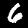
Digit: 6